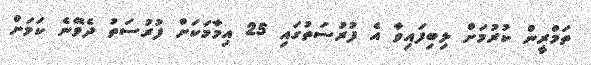
ތަމްރީން ކުރުމަށް ލިބިފައިވާ އެ ފުރުސަތުގައި 25 އިމާމަކަށް ފުރުސަތު ދެވޭނެ ކަމަށް